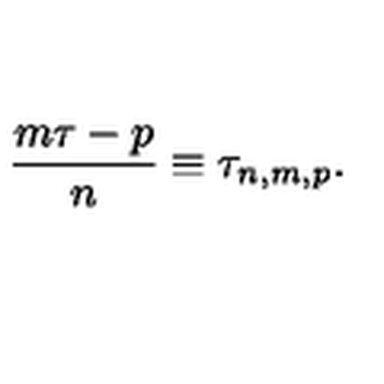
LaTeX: \frac { m \tau - p } { n } \equiv \tau _ { n , m , p } .